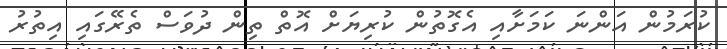
ކުރަމުން އަންނަ ކަމަށާއި އެގޮތުން ކުރިޔަށް އޮތް ތިން ދުވަސް ތެރޭގައި އިތުރު